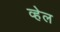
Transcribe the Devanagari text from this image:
व्‍हेल